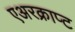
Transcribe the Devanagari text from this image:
एअरक्राप्ट